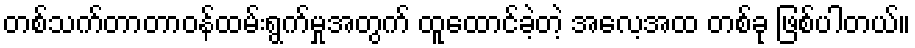
တစ်သက်တာတာဝန်ထမ်းရွက်မှုအတွက် ထူထောင်ခဲ့တဲ့ အလေ့အထ တစ်ခု ဖြစ်ပါတယ်။